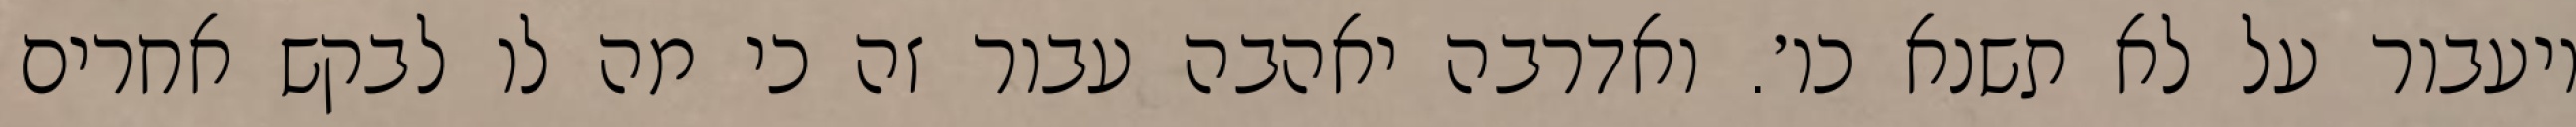
ויעבור על לא תשנא כו׳. ואדרבה יאהבה עבור זה כי מה לו לבקש אחרים